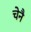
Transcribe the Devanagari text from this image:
चेनै